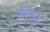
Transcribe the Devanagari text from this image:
टाँडा